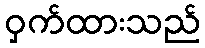
ဝှက်ထားသည်